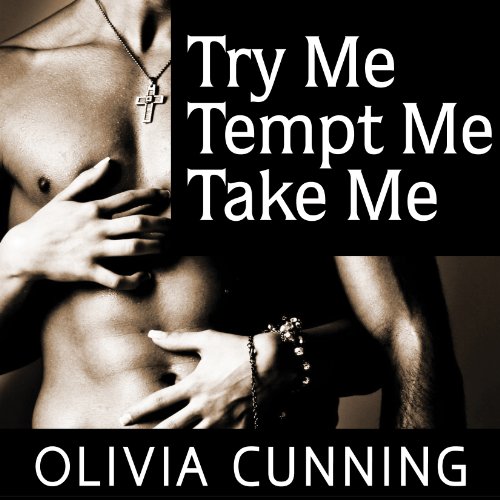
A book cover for Try Me, Tempt Me, Take Me: One Night with Sole Regret Anthology Series #1; Olivia Cunning; Romance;